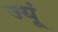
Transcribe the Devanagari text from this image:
ज्यूं